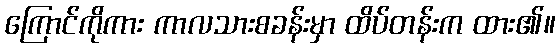
ကြောင်ကိုကား ကာလသားစခန်းမှာ ထိပ်တန်းက ထား၏။